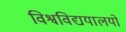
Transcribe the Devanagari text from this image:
विश्वविद्ययालयों